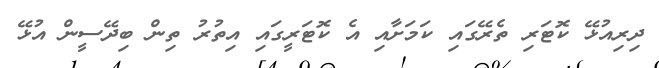
ދިިރިއުޅޭ ކޮޓަރި ތެރޭގައި ކަމަށާއި އެ ކޮޓަރީގައި އިތުރު ތިން ބިދޭސީން އުޅޭ